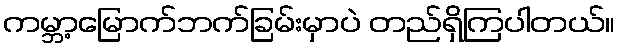
ကမ္ဘာ့မြောက်ဘက်ခြမ်းမှာပဲ တည်ရှိကြပါတယ်။